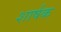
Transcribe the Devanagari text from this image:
शार्षक